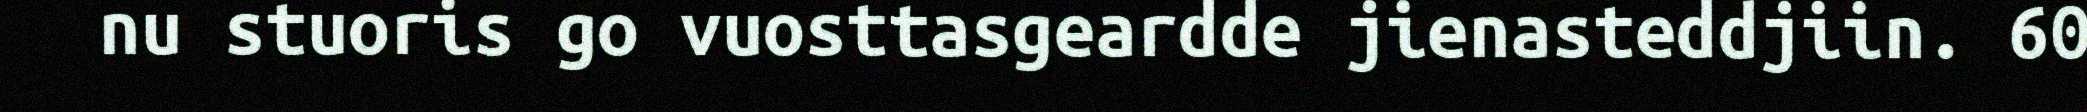
nu stuoris go vuosttasgeardde jienasteddjiin. 60